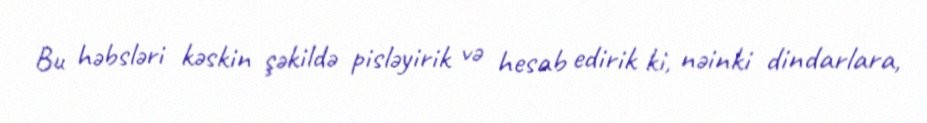
Bu həbsləri kəskin şəkildə pisləyirik və hesab edirik ki, nəinki dindarlara,